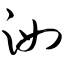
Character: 洳